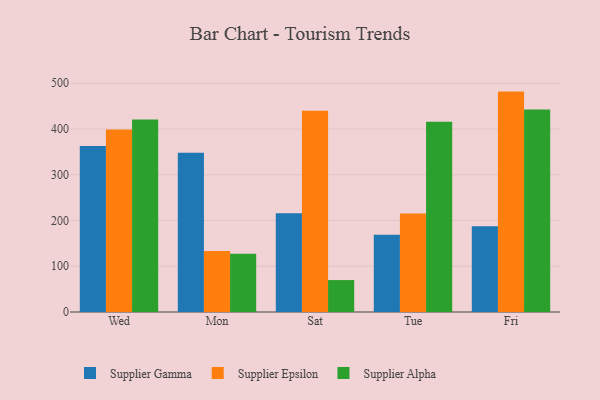
{"axis": {"x": "Day", "y": "Population (Million)"}, "legend": ["Supplier Alpha", "Supplier Epsilon", "Supplier Gamma"], "data": [{"x": "Wed", "y": 362.7, "type": "Supplier Gamma"}, {"x": "Wed", "y": 399.0, "type": "Supplier Epsilon"}, {"x": "Wed", "y": 420.7, "type": "Supplier Alpha"}, {"x": "Mon", "y": 348.2, "type": "Supplier Gamma"}, {"x": "Mon", "y": 133.6, "type": "Supplier Epsilon"}, {"x": "Mon", "y": 127.6, "type": "Supplier Alpha"}, {"x": "Sat", "y": 215.6, "type": "Supplier Gamma"}, {"x": "Sat", "y": 439.8, "type": "Supplier Epsilon"}, {"x": "Sat", "y": 69.8, "type": "Supplier Alpha"}, {"x": "Tue", "y": 168.7, "type": "Supplier Gamma"}, {"x": "Tue", "y": 215.5, "type": "Supplier Epsilon"}, {"x": "Tue", "y": 415.9, "type": "Supplier Alpha"}, {"x": "Fri", "y": 187.6, "type": "Supplier Gamma"}, {"x": "Fri", "y": 481.8, "type": "Supplier Epsilon"}, {"x": "Fri", "y": 442.6, "type": "Supplier Alpha"}]}